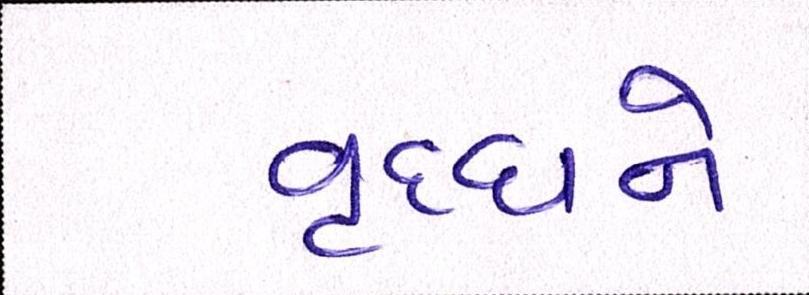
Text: વૃધ્ધને